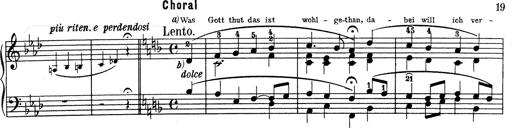
Title: Weinen, Klagen, Sorgen, Zagen
Composer: Franz Liszt